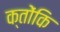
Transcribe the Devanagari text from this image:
क्तोंकि